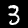
Digit: 3